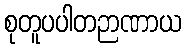
စုတူပပါတဉာဏာယ